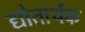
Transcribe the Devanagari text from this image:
द्योतार्थक